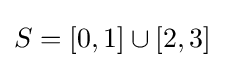
S=[0,1]\cup [2,3]